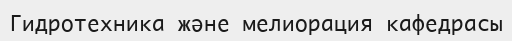
Гидротехника және мелиорация кафедрасы